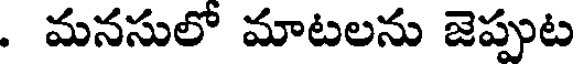
. మనసులో మాటలను జెప్పుట